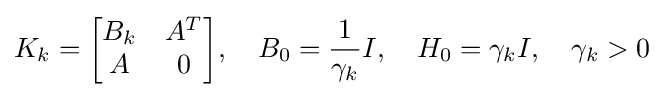
K_{k}={\begin{bmatrix}B_{k}&A^{T}\\A&0\end{bmatrix}},\quad B_{0}={\frac {1}{\gamma _{k}}}I,\quad H_{0}=\gamma _{k}I,\quad \gamma _{k}>0